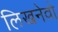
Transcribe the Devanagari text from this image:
लिखनेवो